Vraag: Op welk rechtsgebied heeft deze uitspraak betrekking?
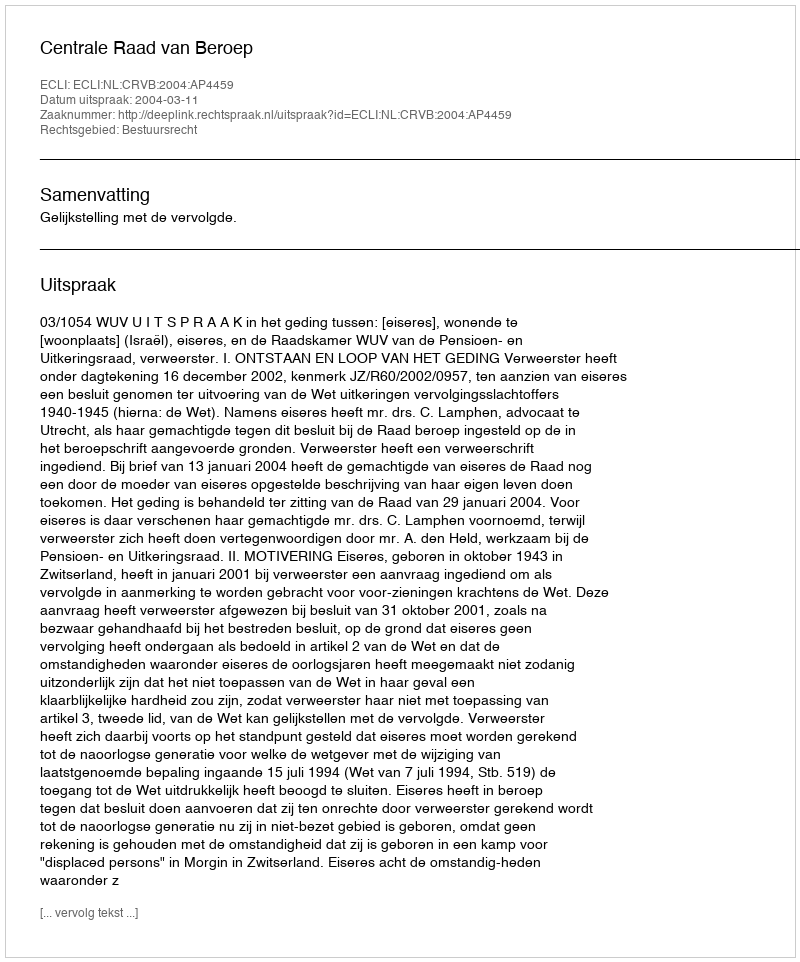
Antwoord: Bestuursrecht